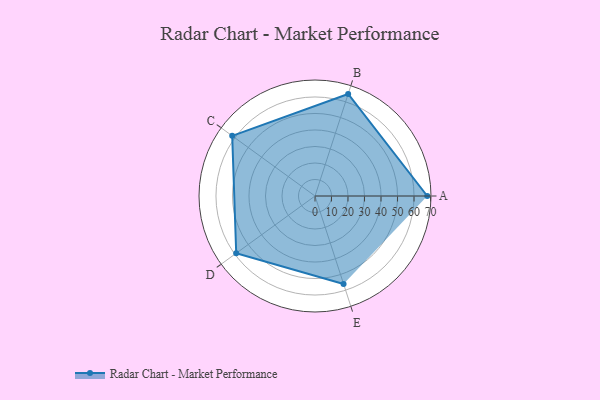
{"axis": {"x": "Skill", "y": "Score"}, "legend": ["Profile"], "data": [{"x": "A", "y": 68.0, "type": "Profile"}, {"x": "B", "y": 65.0, "type": "Profile"}, {"x": "C", "y": 62.0, "type": "Profile"}, {"x": "D", "y": 59.0, "type": "Profile"}, {"x": "E", "y": 56.0, "type": "Profile"}]}